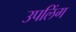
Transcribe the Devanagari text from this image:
उपलिंग